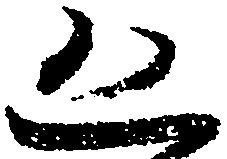
恐